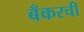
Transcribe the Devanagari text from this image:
बँकरची